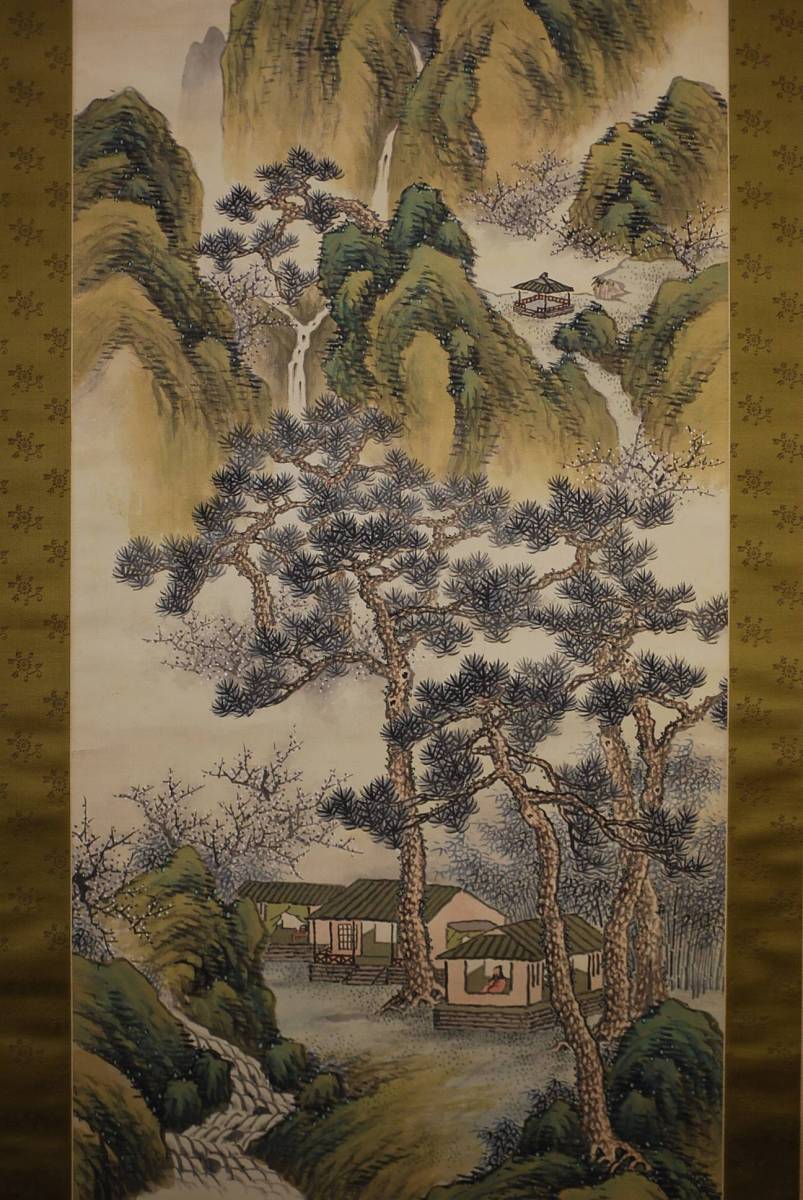
琅琅新雨洗湖天，小景六桥边。